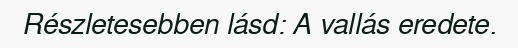
Részletesebben lásd: A vallás eredete.